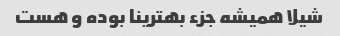
شیلا همیشه جزء بهترینا بوده و هست